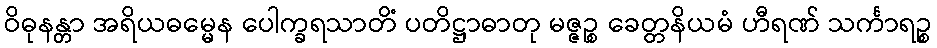
ဝိဓုနန္တာ အရိယဓမ္မေန ပေါက္ခရသာတိံ ပတိဋ္ဌာဓာတု မဇ္ဇဉ္စ ခေတ္တနိယမံ ဟီရဏ် သင်္ကာရဉ္စ